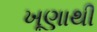
ખૂણાથી